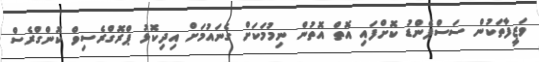
ވަޒީފާތަކުން ސަސްޕެންޑު ކޮށްފައި އޮތް އޮތުން ނިމުމަކަށް ގެނައުމަށް އިދިކޮޅު ޕްރޮގްރެސިވް ކޮންގްރެސް